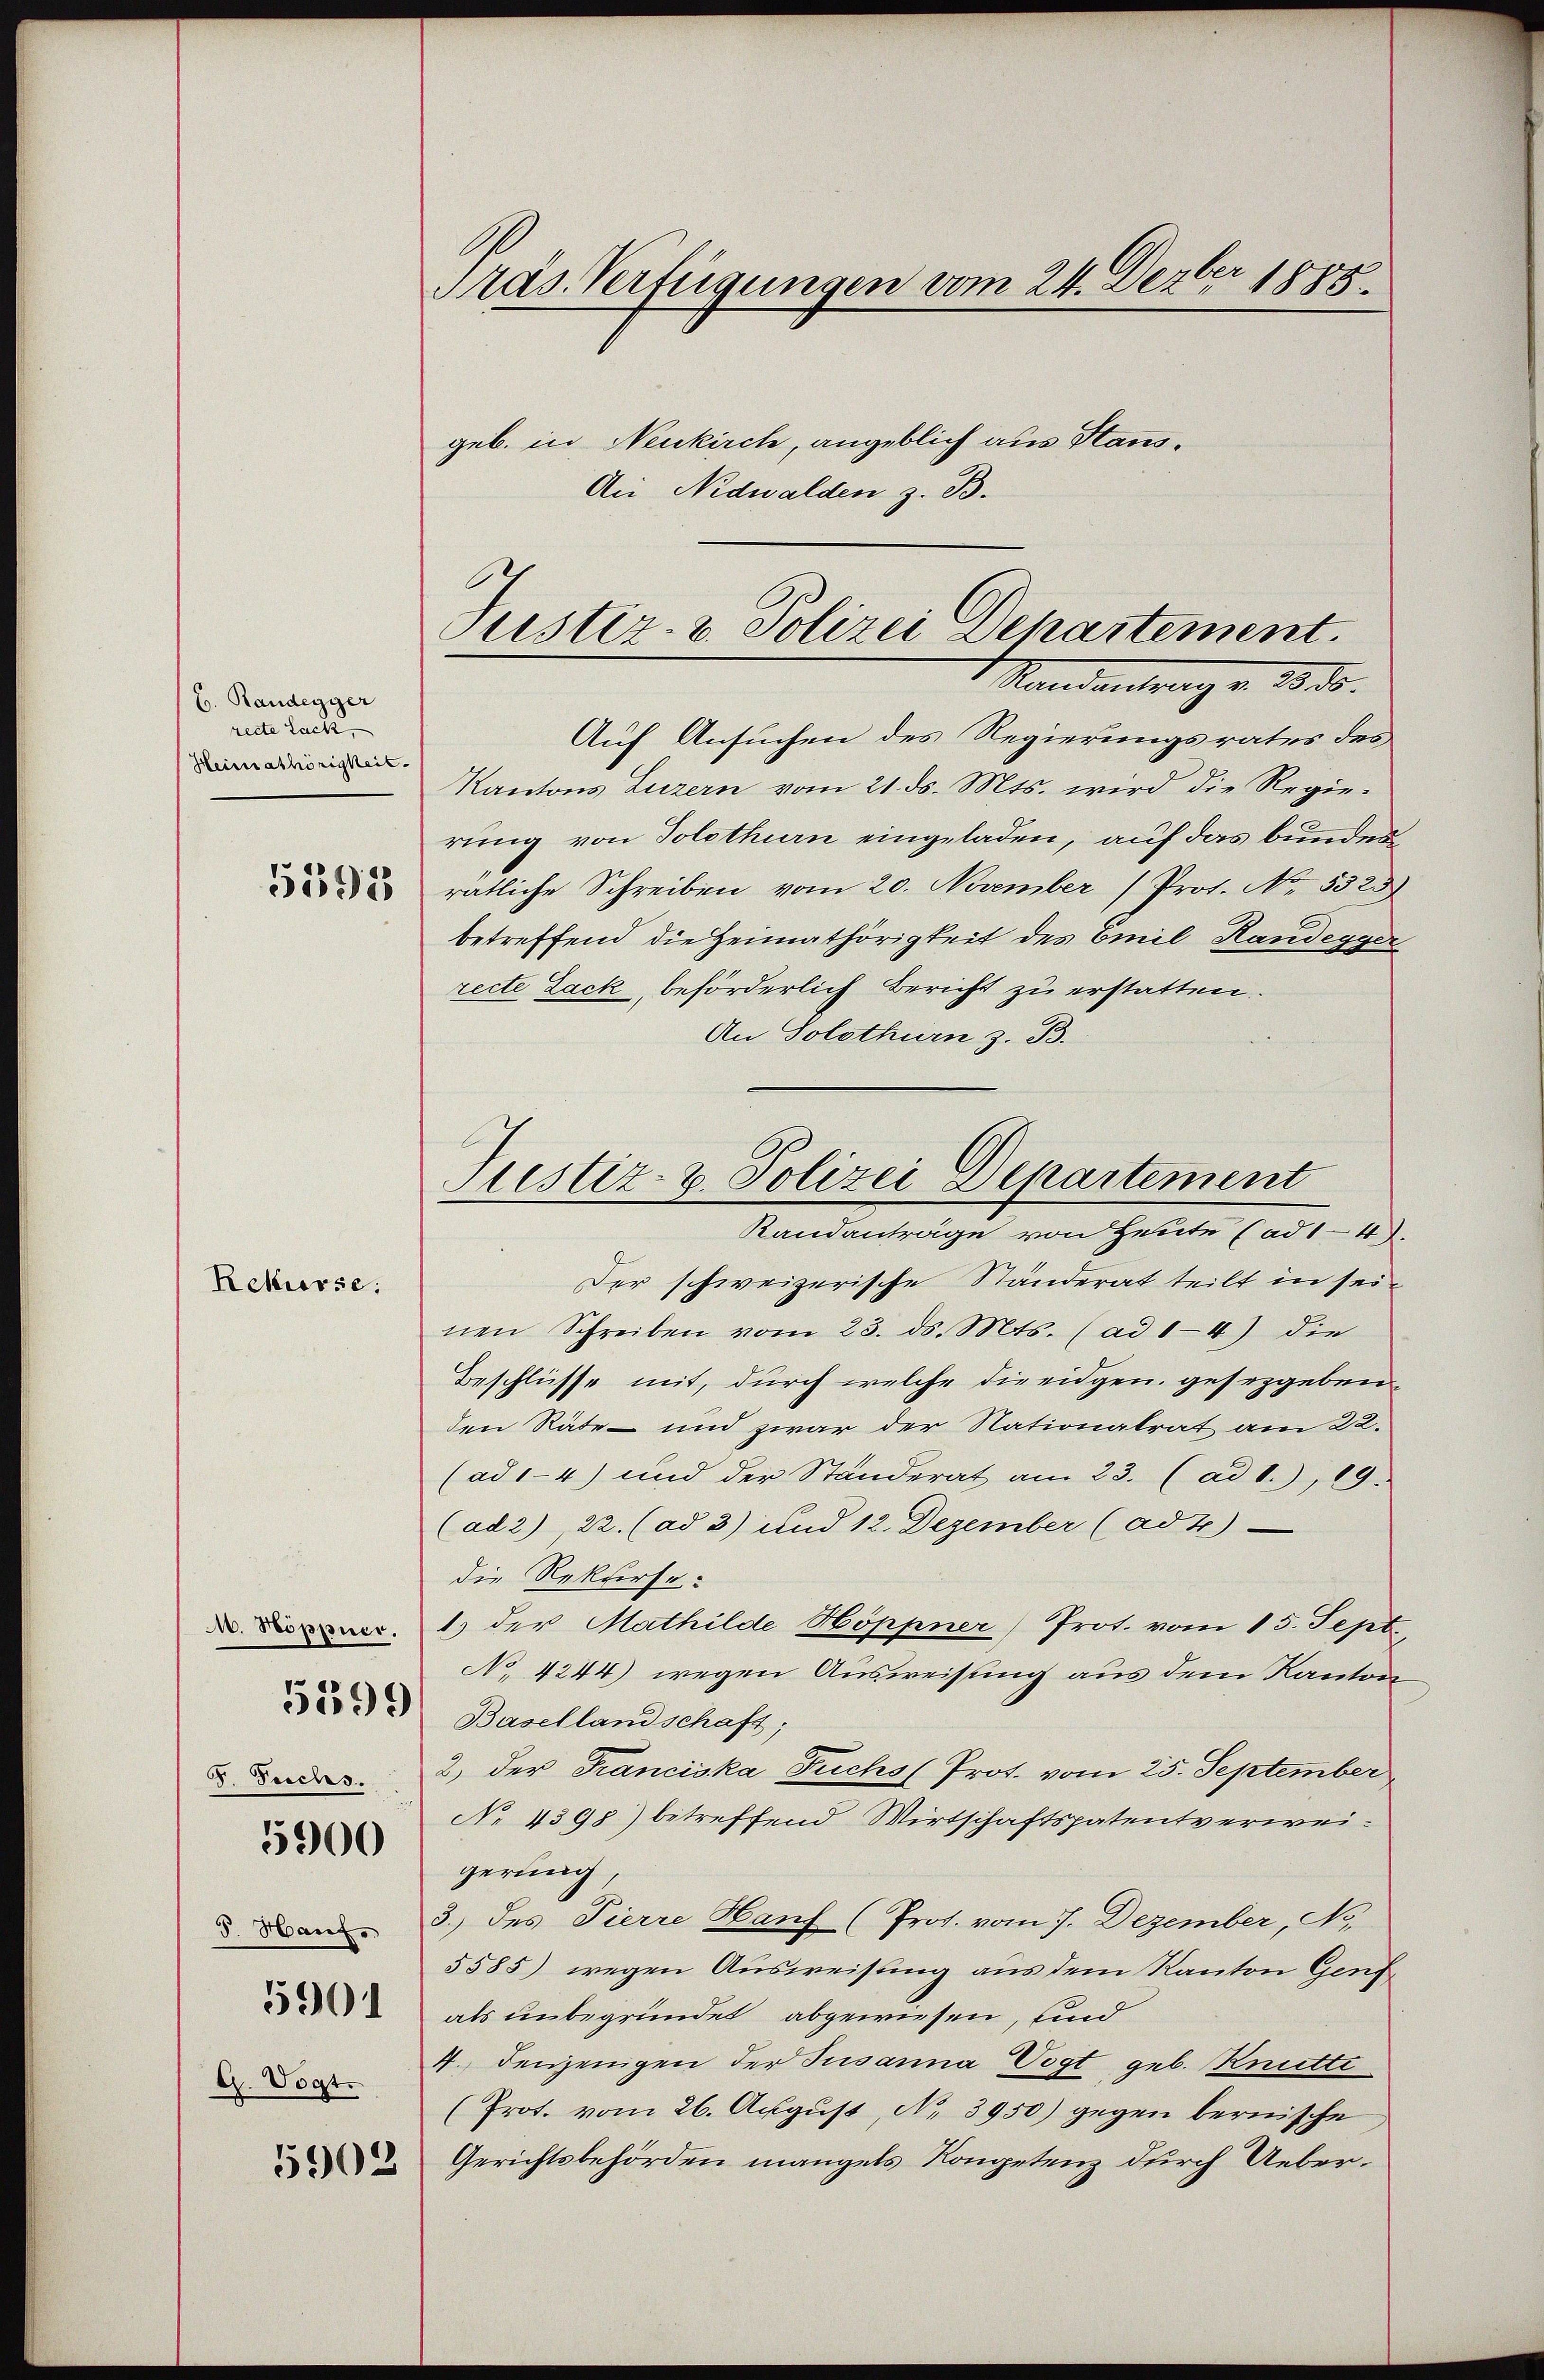
C. Randegger
recte Lack,
Heimathörigkeit.

5193

Rekurse:

M. Hoppner.

5599

F. Teichs.
5. Hauf
5901
G. Vogt.
5902

5900

Präs. Verfügungen vom 24. Dezbr 1885.

Justiz- & Polizei Departement.
1 Mandantrag v. 1830.

geb. in Neukirch, angeblich aus Haus¬
An Nidwalden z. B.
Auf Ansuchen des Regierungsrates des
Kantons Luzern vom 21. ds. Mts. wird die Regierung von Solothurn eingeladen, auf das bunden
ratliche Schreiben vom 20. November (Prot. No. 5325)
betreffend die Heimathörigkeit des Emil Handegger
recte Zack, beförderlich Bericht zu erstatten.
An Solothurn z. B.
Randanträge von Heute (ad 14.
Der schweizerische Ständerat teilt in seinen Schreiben vom 23. ds. Mts. (ad 1-4) die
Beschlüsse mit, durch welche die eidgen. gesezgebenden Räte - und zwar der Nationalrat am 22.
(ad 1-4) und der Ständerat am 23. (ad 1.), 19.
(ad2), 22. (ad 3) und 12. Dezember (ad 4)
die Rekurse:
1) der Mathilde Höppner Prot. vom 15. Sept.
No. 4244) wegen Ausweisung aus dem Kanton
Basellandschaft;
2) der Franciska Fuchs (Prot. vom 25. September
No 4398) betreffend Wirtschaftspatentverweigerung,
3.) des Pierre Hanf (Pros. vom 7. Dezember, No.
5585) wegen Ausweisung aus dem Kanton Genfals unbegründet abgewiesen, und
4. Denjenigen der Susanna Vogt geb. Knutti
(Prot. vom 26. August, No 3950) gegen bernische
Gerichtsbehörden mangels Kompetenz durch Ueber¬

Justiz- & Polizei Departement